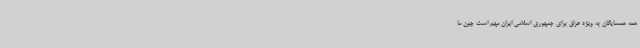
همه همسایگان به ویژه عراق برای جمهوری اسلامی ایران مهم است چون ما